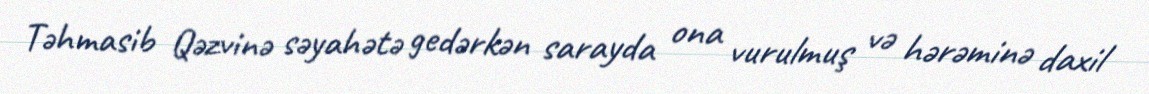
Təhmasib Qəzvinə səyahətə gedərkən sarayda ona vurulmuş və hərəminə daxil